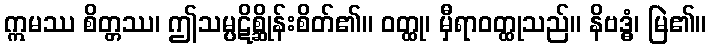
ဣမဿ စိတ္တဿ၊ ဤသမ္ပဋိစ္ဆိုန်းစိတ်၏။ ဝတ္ထု၊ မှီရာဝတ္ထုသည်။ နိဗဒ္ဓံ၊ မြဲ၏။